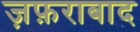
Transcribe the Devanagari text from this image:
ज़फ़राबाद